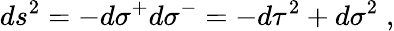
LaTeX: ds^{2}=-d\sigma^{+}d\sigma^{-}=-d\tau^{2}+d\sigma^{2}\; ,